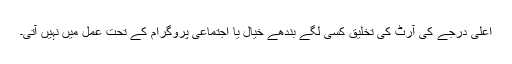
اعلیٰ درجے کی آرٹ کی تخلیق کسی لگے بندھے خیال یا اجتماعی پروگرام کے تحت عمل میں نہیں آتی۔